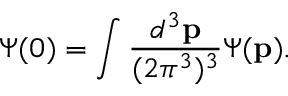
\Psi ( 0 ) = \int { \frac { d ^ { 3 } { \bf p } } { ( 2 \pi ^ { 3 } ) ^ { 3 } } } \Psi ( { \bf p } ) .